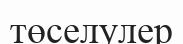
төселулер